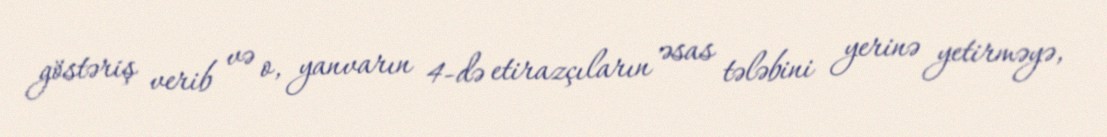
göstəriş verib və o, yanvarın 4-də etirazçıların əsas tələbini yerinə yetirməyə,